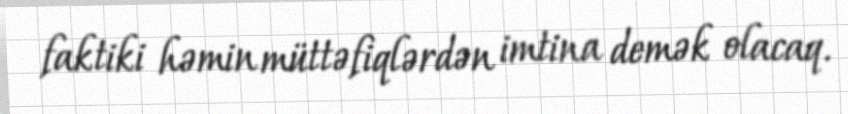
faktiki həmin müttəfiqlərdən imtina demək olacaq.